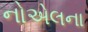
નોએલના